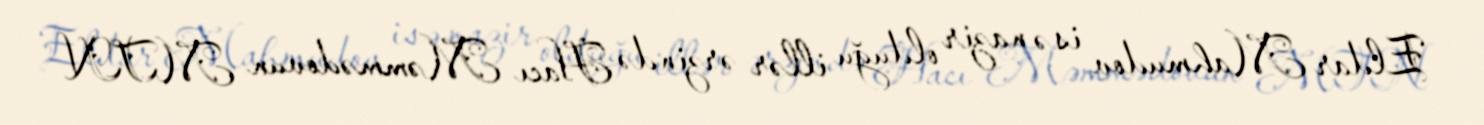
Eldar Mahmudov isə nazir olduğu illər ərzində Hacı Məmmədovun MTN